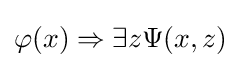
\varphi (x)\Rightarrow \exists z\Psi (x,z)